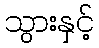
သွားနှင့်